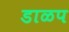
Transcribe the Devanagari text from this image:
डाळप